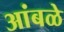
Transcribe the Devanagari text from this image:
आंबळे